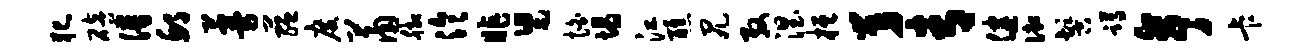
犯碚谱邱蔓蕴度萧脚泠昨舄怕塌江醮尻殷涅桓舅青健御髻蹲亭卡